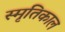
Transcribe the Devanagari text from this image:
स्मृतिकाल